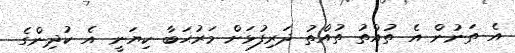
އެ ތަނުން އެ ތުއްތު ތުއްތު ދަރިފުޅަށް މަރުޙަބާ ކިޔަނީ އެ ކުދިންގެ